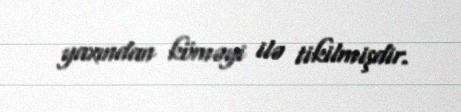
yaxından köməyi ilə tikilmişdir.